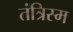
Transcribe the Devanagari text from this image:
तंत्रिस्म